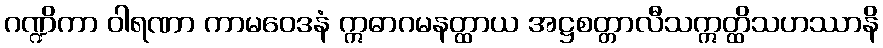
ဂဏ္ဍိကာ ဝါရဏာ ကာမဝေဒနံ ဣဓာဂမနတ္ထာယ အဋ္ဌစတ္တာလီသဣတ္ထိသဟဿာနိ